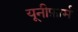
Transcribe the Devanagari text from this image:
यूनीफ़ार्म